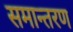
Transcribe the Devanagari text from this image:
समान्तरण